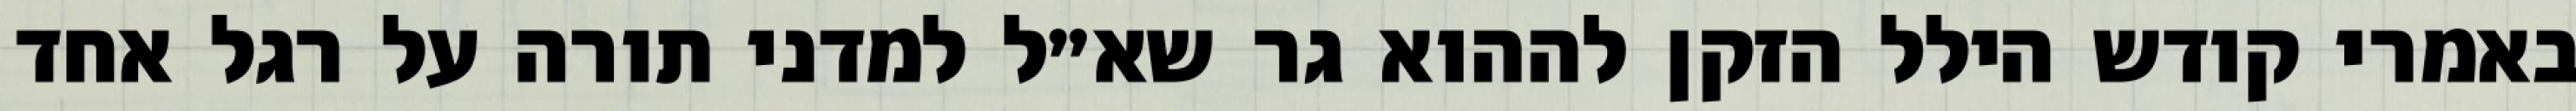
באמרי קודש הילל הזקן לההוא גר שא״ל למדני תורה על רגל אחד